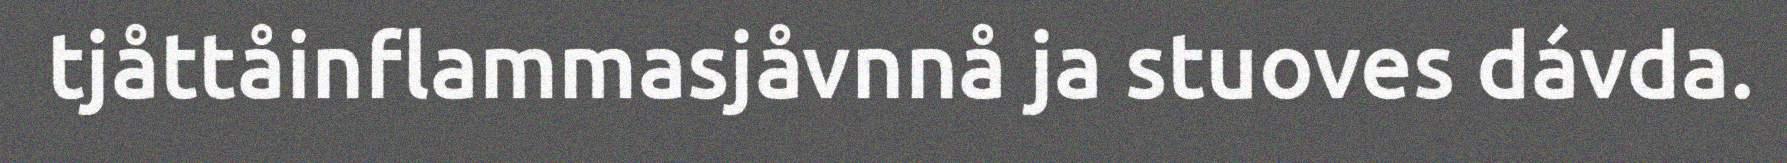
tjåttåinflammasjåvnnå ja stuoves dávda.